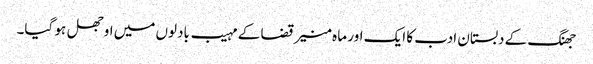
جھنگ کے دبستان ادب کا ایک اور ما ہ منیر قضا کے مہیب بادلوں میں اوجھل ہو گیا۔